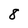
Character: 8